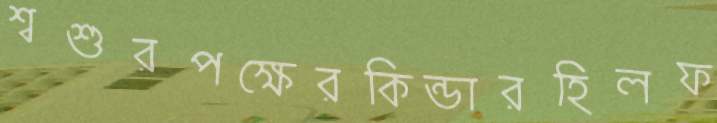
শ্বশুরপক্ষেরকিন্ডারহিলফ